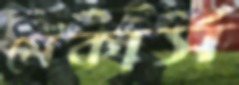
মেকার্স